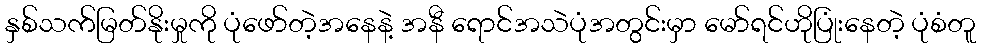
နှစ်သက်မြတ်နိုးမှုကို ပုံဖော်တဲ့အနေနဲ့ အနီ ရောင်အသဲပုံအတွင်းမှာ မော်ရင်ဟိုပြုံးနေတဲ့ ပုံစံတူ